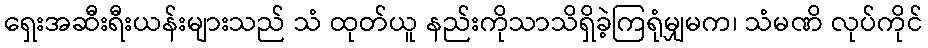
ရှေးအဆီးရီးယန်းများသည် သံ ထုတ်ယူ နည်းကိုသာသိရှိခဲ့ကြရုံမျှမက၊ သံမဏိ လုပ်ကိုင်